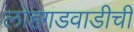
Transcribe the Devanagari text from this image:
लोहगडवाडीची